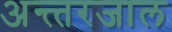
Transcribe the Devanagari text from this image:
अन्त्तरजाल